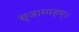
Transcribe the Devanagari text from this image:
सृजाम्यहम्।।